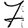
Digit: 7